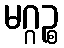
မဂ္ဂဉ္စ